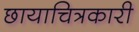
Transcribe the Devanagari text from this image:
छायाचित्रकारी